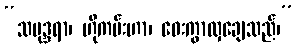
“သမုဒ္ဒရာ၊ ဟိုကမ်းဟာ၊ ဝေးကွာလှချေသည်၊”